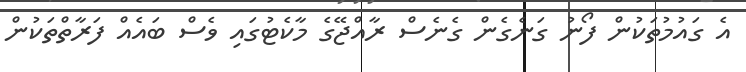
އެ ގައުމުތަކުން ފޯނު ގަނެގެން ގެނެސް ރާއްޖޭގެ މާކެޓުގައި ވެސް ބައެއް ފަރާތްތަކުން